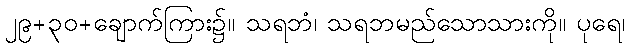
၂၉+၃၀+ချောက်ကြား၌။ သရဘံ၊ သရဘမည်သောသားကို။ ပုရေ၊